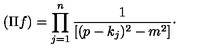
( \Pi f ) = \prod _ { j = 1 } ^ { n } \frac { 1 } { [ ( p - k _ { j } ) ^ { 2 } - m ^ { 2 } ] } \cdot